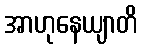
အာဟုနေယျာတိ